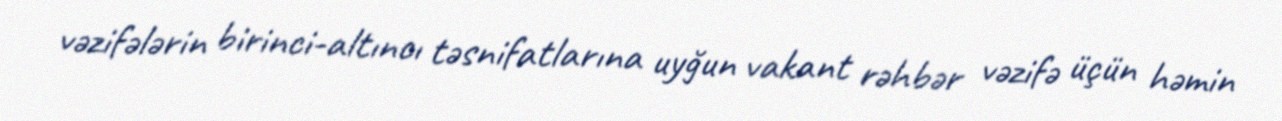
vəzifələrin birinci-altıncı təsnifatlarına uyğun vakant rəhbər vəzifə üçün həmin